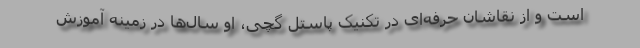
است و از نقاشان حرفه‌ای در تکنیک پاستل گچی، ا‌و سال‌ها در زمینه آموزش